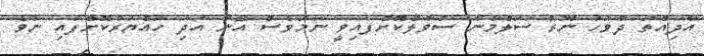
އާދިއްތަ ދުވަހު ނޫރު ސަލްމާނާ ސުވާލުކޮށްފައިވީ ނަމަވެސް އޭނާ އަދި ހައްޔަރުކޮށްފައި ނުވެ